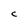
Character: C